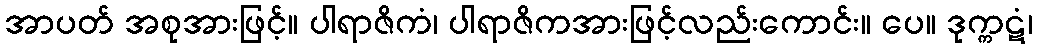
အာပတ် အစုအားဖြင့်။ ပါရာဇိကံ၊ ပါရာဇိကအားဖြင့်လည်းကောင်း။ ပေ။ ဒုက္ကဋံ၊